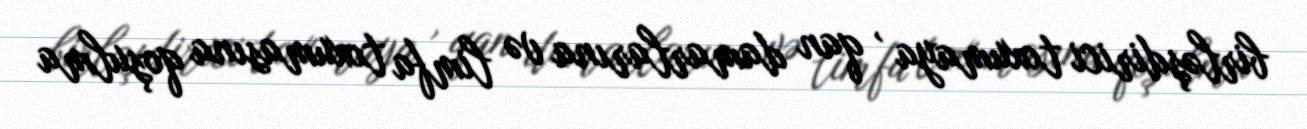
birləşdirici toxumaya , qan damarlarına və limfa toxumasına qoşulma